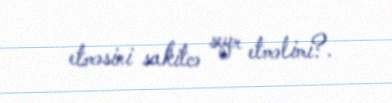
etməsini sakitcə seyr etməlimi?.